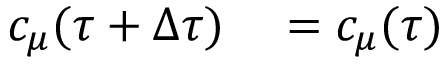
\begin{array} { r l } { c _ { \mu } ( \tau + \Delta \tau ) } & { { } = c _ { \mu } ( \tau ) } \end{array}